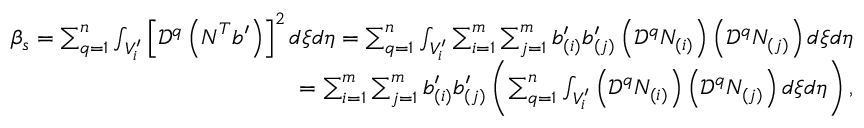
\begin{array} { r } { \beta _ { s } = \sum _ { q = 1 } ^ { n } \int _ { V _ { i } ^ { \prime } } \left[ \mathcal { D } ^ { q } \left( \boldsymbol { N } ^ { T } \boldsymbol { b } ^ { \prime } \right) \right] ^ { 2 } d \xi d \eta = \sum _ { q = 1 } ^ { n } \int _ { V _ { i } ^ { \prime } } \sum _ { i = 1 } ^ { m } \sum _ { j = 1 } ^ { m } b _ { ( i ) } ^ { \prime } b _ { ( j ) } ^ { \prime } \left( \mathcal { D } ^ { q } N _ { ( i ) } \right) \left( \mathcal { D } ^ { q } N _ { ( j ) } \right) d \xi d \eta } \\ { = \sum _ { i = 1 } ^ { m } \sum _ { j = 1 } ^ { m } b _ { ( i ) } ^ { \prime } b _ { ( j ) } ^ { \prime } \left( \sum _ { q = 1 } ^ { n } \int _ { V _ { i } ^ { \prime } } \left( \mathcal { D } ^ { q } N _ { ( i ) } \right) \left( \mathcal { D } ^ { q } N _ { ( j ) } \right) d \xi d \eta \right) , } \end{array}